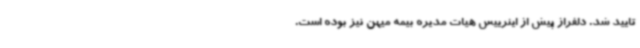
تایید شد. دلفراز پیش از اینرییس هیات مدیره بیمه میهن نیز بوده است.